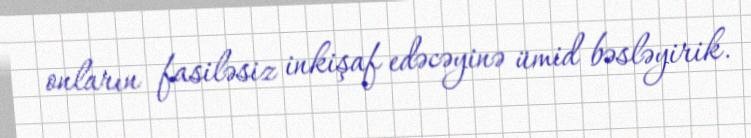
onların fasiləsiz inkişaf edəcəyinə ümid bəsləyirik.